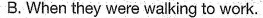
B. When they were walking to work.